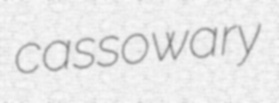
cassowary